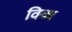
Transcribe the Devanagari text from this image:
विव्ध